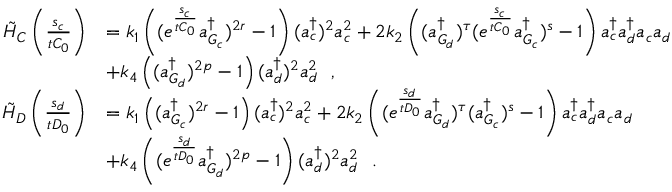
\begin{array} { r l } { \tilde { H } _ { C } \left( \frac { s _ { c } } { t C _ { 0 } } \right) } & { = k _ { 1 } \left( ( e ^ { \frac { s _ { c } } { t C _ { 0 } } } a _ { G _ { c } } ^ { \dagger } ) ^ { 2 r } - 1 \right) ( a _ { c } ^ { \dagger } ) ^ { 2 } a _ { c } ^ { 2 } + 2 k _ { 2 } \left( ( a _ { G _ { d } } ^ { \dagger } ) ^ { \tau } ( e ^ { \frac { s _ { c } } { t C _ { 0 } } } a _ { G _ { c } } ^ { \dagger } ) ^ { s } - 1 \right) a _ { c } ^ { \dagger } a _ { d } ^ { \dagger } a _ { c } a _ { d } } \\ & { + k _ { 4 } \left( ( a _ { G _ { d } } ^ { \dagger } ) ^ { 2 p } - 1 \right) ( a _ { d } ^ { \dagger } ) ^ { 2 } a _ { d } ^ { 2 } ~ ~ , } \\ { \tilde { H } _ { D } \left( \frac { s _ { d } } { t D _ { 0 } } \right) } & { = k _ { 1 } \left( ( a _ { G _ { c } } ^ { \dagger } ) ^ { 2 r } - 1 \right) ( a _ { c } ^ { \dagger } ) ^ { 2 } a _ { c } ^ { 2 } + 2 k _ { 2 } \left( ( e ^ { \frac { s _ { d } } { t D _ { 0 } } } a _ { G _ { d } } ^ { \dagger } ) ^ { \tau } ( a _ { G _ { c } } ^ { \dagger } ) ^ { s } - 1 \right) a _ { c } ^ { \dagger } a _ { d } ^ { \dagger } a _ { c } a _ { d } } \\ & { + k _ { 4 } \left( ( e ^ { \frac { s _ { d } } { t D _ { 0 } } } a _ { G _ { d } } ^ { \dagger } ) ^ { 2 p } - 1 \right) ( a _ { d } ^ { \dagger } ) ^ { 2 } a _ { d } ^ { 2 } ~ ~ . } \end{array}